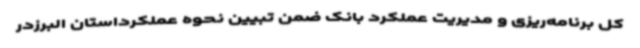
کل برنامه‌ریزی و مدیریت عملکرد بانک ضمن تبیین نحوه عملکرداستان البرزدر